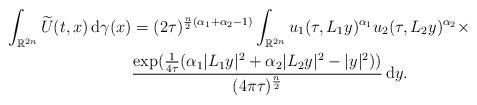
LaTeX: \begin{align*} \int_{\mathbb{R}^{2n}} \widetilde{U}(t,x) \, \mathrm{d}\gamma(x) & = (2\tau)^{\frac{n}{2}(\alpha_1 + \alpha_2-1)} \int_{\mathbb{R}^{2n}} u_1(\tau, L_1y)^{\alpha_1} u_2(\tau,L_2y)^{\alpha_2} \times \\ & \frac{\exp(\tfrac{1}{4\tau}(\alpha_1|L_1y|^2 + \alpha_2|L_2y|^2 - |y|^2))}{(4\pi \tau)^{\frac{n}{2}}} \, \mathrm{d}y.\end{align*}